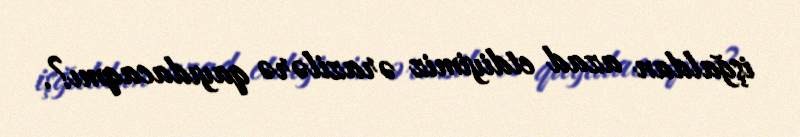
işğaldan azad etdiyimiz ərazilərə qayıdacaqmı?.